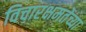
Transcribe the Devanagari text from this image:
विचारक्षमतेच्या